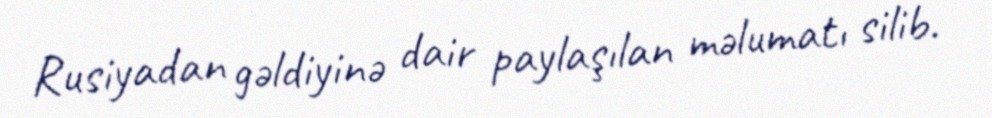
Rusiyadan gəldiyinə dair paylaşılan məlumatı silib.